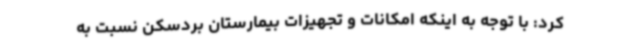
کرد: با توجه به اینکه امکانات و تجهیزات بیمارستان بردسکن نسبت به